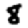
Digit: 8